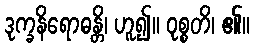
ဒုက္ခနိရောဓန္တိ၊ ဟူ၍။ ဝုစ္စတိ၊ ၏။